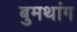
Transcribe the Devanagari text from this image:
बुमथांग